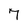
Character: 7